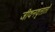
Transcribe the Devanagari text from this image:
जीवनवृत्तातों